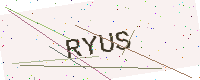
Text: RYUS